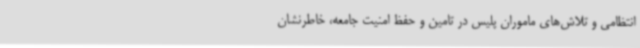
انتظامی و تلاش‌های ماموران پلیس در تامین و حفظ امنیت جامعه، خاطرنشان